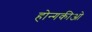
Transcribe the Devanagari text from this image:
होन्गकीओ